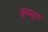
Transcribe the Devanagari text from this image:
अच्युता